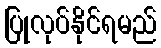
ပြုလုပ်နိုင်ရမည်